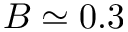
B \simeq 0 . 3